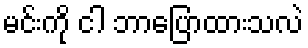
မင်းကို ငါ ဘာပြောထားသလဲ